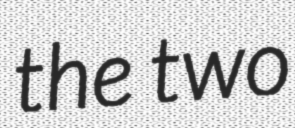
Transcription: the two